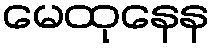
မေထုနေန